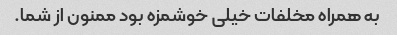
به همراه مخلفات خیلی خوشمزه بود ممنون از شما.